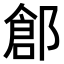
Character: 𨜾